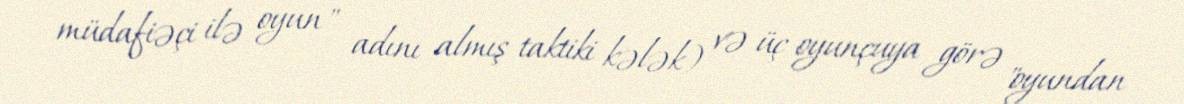
müdafiəçi ilə oyun" adını almış taktiki kələk) və üç oyunçuya görə "oyundan